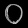
Digit: ၀